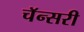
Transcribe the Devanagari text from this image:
चॅन्सरी